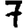
Digit: 7